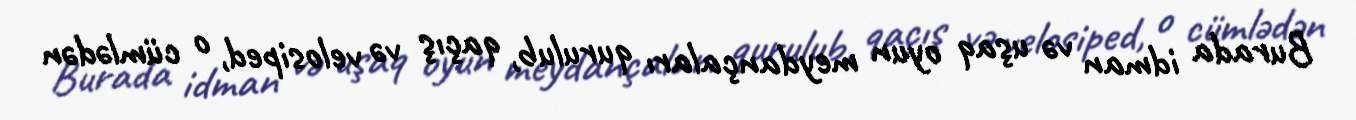
Burada idman və uşaq oyun meydançaları qurulub, qaçış və velosiped, o cümlədən